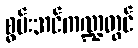
စွမ်းအင်ကဏ္ဍတွင်